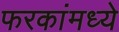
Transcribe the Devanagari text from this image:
फरकांमध्ये